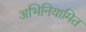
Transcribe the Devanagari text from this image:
अभिनियामित